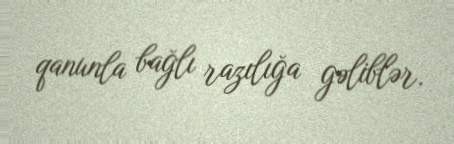
qanunla bağlı razılığa gəliblər.